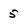
Character: 5